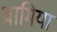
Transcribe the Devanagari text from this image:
वामिया